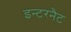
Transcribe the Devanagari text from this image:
इन्टरनैट